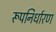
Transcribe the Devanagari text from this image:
रूपनिर्धारण